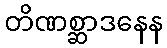
တိဏစ္ဆာဒနေန